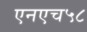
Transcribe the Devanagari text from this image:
एनएच५८